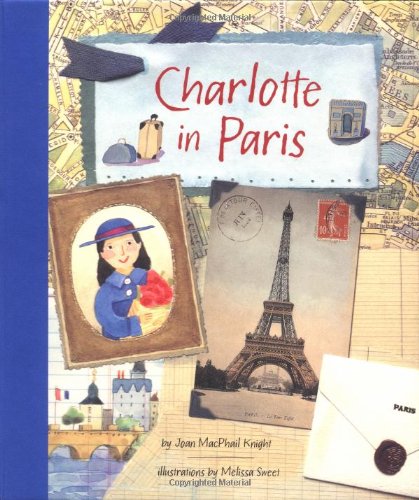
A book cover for Charlotte in Paris; Joan MacPhail Knight; Children's Books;